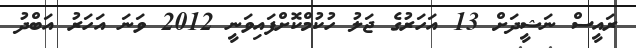
ރައީސް ނަޝީދަށް 13 އަހަރުގެ ޖަލު ހުކުމްކޮށްފައިވަނީ 2012 ވަނަ އަހަރު އަބްދު